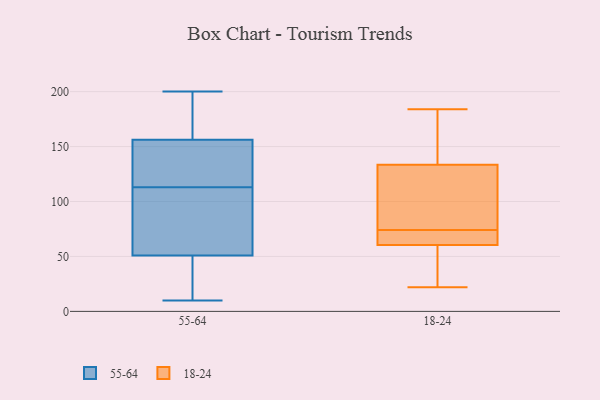
{"axis": {"x": "Energy Usage (MWh)", "y": "Value"}, "legend": ["18-24", "55-64"], "data": [{"x": "", "y": 159, "type": "55-64"}, {"x": "", "y": 113, "type": "55-64"}, {"x": "", "y": 46, "type": "55-64"}, {"x": "", "y": 200, "type": "55-64"}, {"x": "", "y": 158, "type": "55-64"}, {"x": "", "y": 65, "type": "55-64"}, {"x": "", "y": 99, "type": "55-64"}, {"x": "", "y": 21, "type": "55-64"}, {"x": "", "y": 33, "type": "55-64"}, {"x": "", "y": 10, "type": "55-64"}, {"x": "", "y": 124, "type": "55-64"}, {"x": "", "y": 169, "type": "55-64"}, {"x": "", "y": 139, "type": "55-64"}, {"x": "", "y": 151, "type": "55-64"}, {"x": "", "y": 101, "type": "55-64"}, {"x": "", "y": 159, "type": "18-24"}, {"x": "", "y": 22, "type": "18-24"}, {"x": "", "y": 74, "type": "18-24"}, {"x": "", "y": 106, "type": "18-24"}, {"x": "", "y": 44, "type": "18-24"}, {"x": "", "y": 25, "type": "18-24"}, {"x": "", "y": 61, "type": "18-24"}, {"x": "", "y": 73, "type": "18-24"}, {"x": "", "y": 129, "type": "18-24"}, {"x": "", "y": 62, "type": "18-24"}, {"x": "", "y": 96, "type": "18-24"}, {"x": "", "y": 74, "type": "18-24"}, {"x": "", "y": 184, "type": "18-24"}, {"x": "", "y": 154, "type": "18-24"}, {"x": "", "y": 57, "type": "18-24"}, {"x": "", "y": 73, "type": "18-24"}, {"x": "", "y": 101, "type": "18-24"}, {"x": "", "y": 141, "type": "18-24"}, {"x": "", "y": 138, "type": "18-24"}, {"x": "", "y": 60, "type": "18-24"}]}